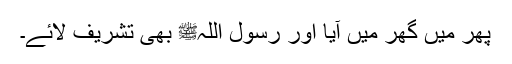
پھر میں گھر میں آیا اور رسول اللہﷺ بھی تشریف لائے۔